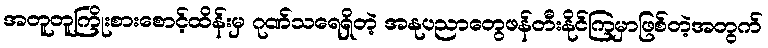
အတူတူကြိုးစားစောင့်ထိန်းမှ ဂုဏ်သရေရှိတဲ့ အနုပညာတွေဖန်တီးနိုင်ကြမှာဖြစ်တဲ့အတွက်